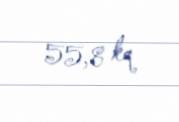
55,8 kq